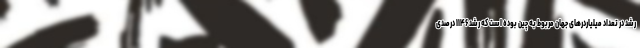
رشد در تعداد میلیاردرهای جهان مربوط به چین بوده است که رشد ۱۱۴۶ درصدی